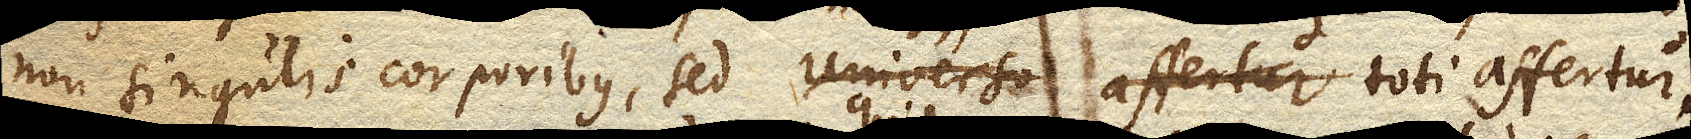
non singulis corporibus, sed Universo affertur toti affertur.